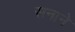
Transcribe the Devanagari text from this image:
सनाने